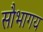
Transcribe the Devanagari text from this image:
सौभागय